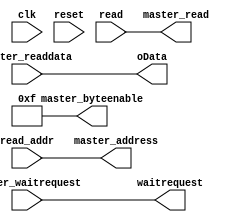

// Master read component
module mem_read_buffer_avalon_interface
(
	input					clk,
	input					reset,
	
	// Control inputs and outputs
	input		[31:0]	read_addr,
	input					read,
	output	[31:0]	oData,
	output				waitrequest,
	
	// Avalon-MM master signals
	output	[31:0]	master_address,
	output				master_read,
	output	[3:0] 	master_byteenable,
	input		[31:0] 	master_readdata,
	input					master_waitrequest
);

	parameter DATAWIDTH = 32;
	parameter BYTEENABLEWIDTH = 4;
	parameter ADDRESSWIDTH = 30;
//	parameter FIFODEPTH = 32;
//	parameter FIFODEPTH_LOG2 = 5;
//	parameter FIFOUSEMEMORY = 1;  // set to 0 to use LEs instead

	// master address logic 
	assign	master_address = read_addr;
	assign	master_byteenable = 4'b1111;
	assign	master_read = read;
	
	assign	waitrequest = master_waitrequest;
	assign	oData	=	master_readdata;
	
endmodule